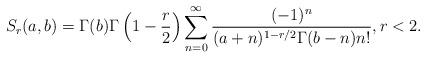
LaTeX: \begin{align*}S_r(a,b)=\Gamma(b)\Gamma\left(1-\frac{r}{2}\right)\sum_{n=0}^\infty\frac{(-1)^n}{(a+n)^{1-r/2}\Gamma(b-n) n!},r<2.\end{align*}